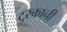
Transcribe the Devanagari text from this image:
टुस्कानी